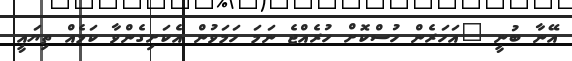
އޭނާ ބުނީ "އަހަރެން ހުސްކޮށް ހުރެއްޖެ ނަމަ ހަމަވުން އެކަށިގެންވާ ކަމެއް ތިޔައީ